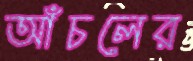
আঁচলের